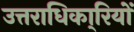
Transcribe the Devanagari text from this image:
उत्तराधिका्रियों